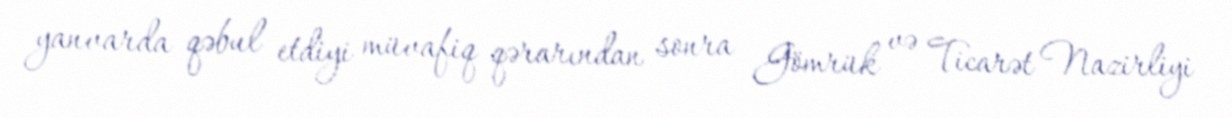
yanvarda qəbul etdiyi müvafiq qərarından sonra Gömrük və Ticarət Nazirliyi